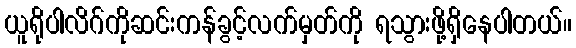
ယူရိုပါလိဂ်ကိုဆင်းကန်ခွင့်လက်မှတ်ကို ရသွားဖို့ရှိနေပါတယ်။